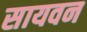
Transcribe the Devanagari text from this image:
सायवन